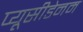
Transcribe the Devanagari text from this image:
प्यूसीडेनम